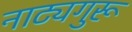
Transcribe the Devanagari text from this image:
नाट्यगुरू